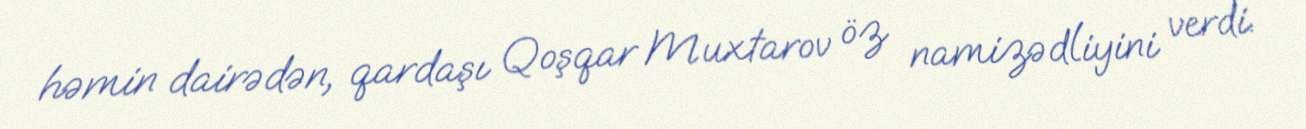
həmin dairədən, qardaşı Qoşqar Muxtarov öz namizədliyini verdi.